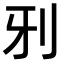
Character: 𠚾